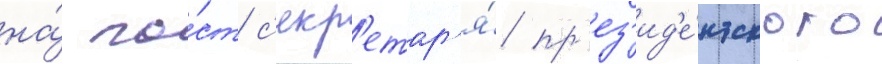
на́ по́ст с'екр'етар'я́ пр'ез'ид'е́нтского